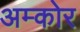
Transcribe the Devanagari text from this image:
अम्कोर